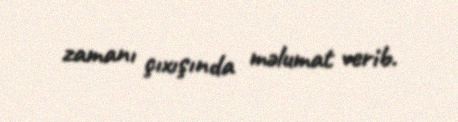
zamanı çıxışında məlumat verib.